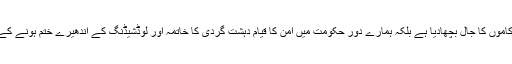
پاکستان مسلم لیگ (ن) نے ملک میں ترقیاتی کاموں کا جال بچھادیا ہے بلکہ ہمارے دور حکومت میں امن کا قیام دہشت گردی کا خاتمہ اور لوڈشیڈنگ کے اندھیرے ختم ہونے کے لئے بھی زبردست اور بھر پور کام ہوا ہے ۔